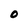
Character: O